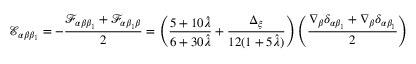
\mathcal { E } _ { \alpha \beta \beta _ { 1 } } = - \frac { \mathcal { F } _ { \alpha \beta \beta _ { 1 } } + \mathcal { F } _ { \alpha \beta _ { 1 } \beta } } { 2 } = \left( \frac { 5 + 1 0 \hat { \lambda } } { 6 + 3 0 \hat { \lambda } } + \frac { \Delta _ { \xi } } { 1 2 ( 1 + 5 \hat { \lambda } ) } \right) \left( \frac { \nabla _ { \beta } \delta _ { \alpha \beta _ { 1 } } + \nabla _ { \beta } \delta _ { \alpha \beta _ { 1 } } } { 2 } \right)